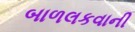
બાળલકવાની